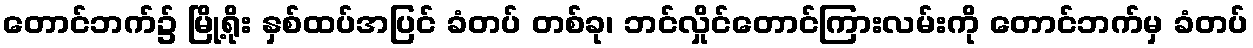
တောင်ဘက်၌ မြို့ရိုး နှစ်ထပ်အပြင် ခံတပ် တစ်ခု၊ ဘင်လှိုင်တောင်ကြားလမ်းကို တောင်ဘက်မှ ခံတပ်